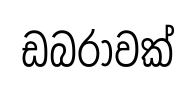
ඩබරාවක්